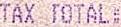
TAX TOTAL: